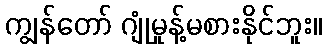
ကျွန်တော် ဂျုံမှုန့်မစားနိုင်ဘူး။